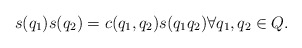
\begin{align*} s(q_1)s(q_2) = c(q_1,q_2) s(q_1q_2) \forall q_1,q_2 \in Q.\end{align*}